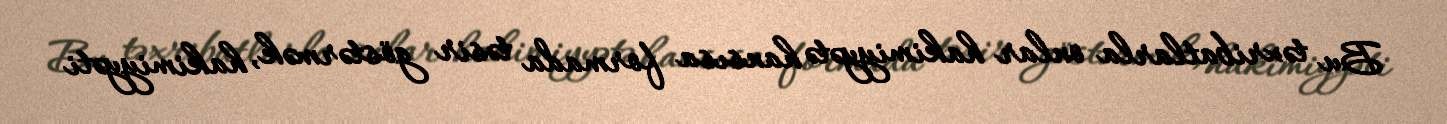
Bu təxribatlarla onlar hakimiyyətə hansısa formada təsir göstərmək, hakimiyyəti